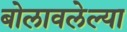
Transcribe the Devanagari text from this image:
बोलावलेल्या